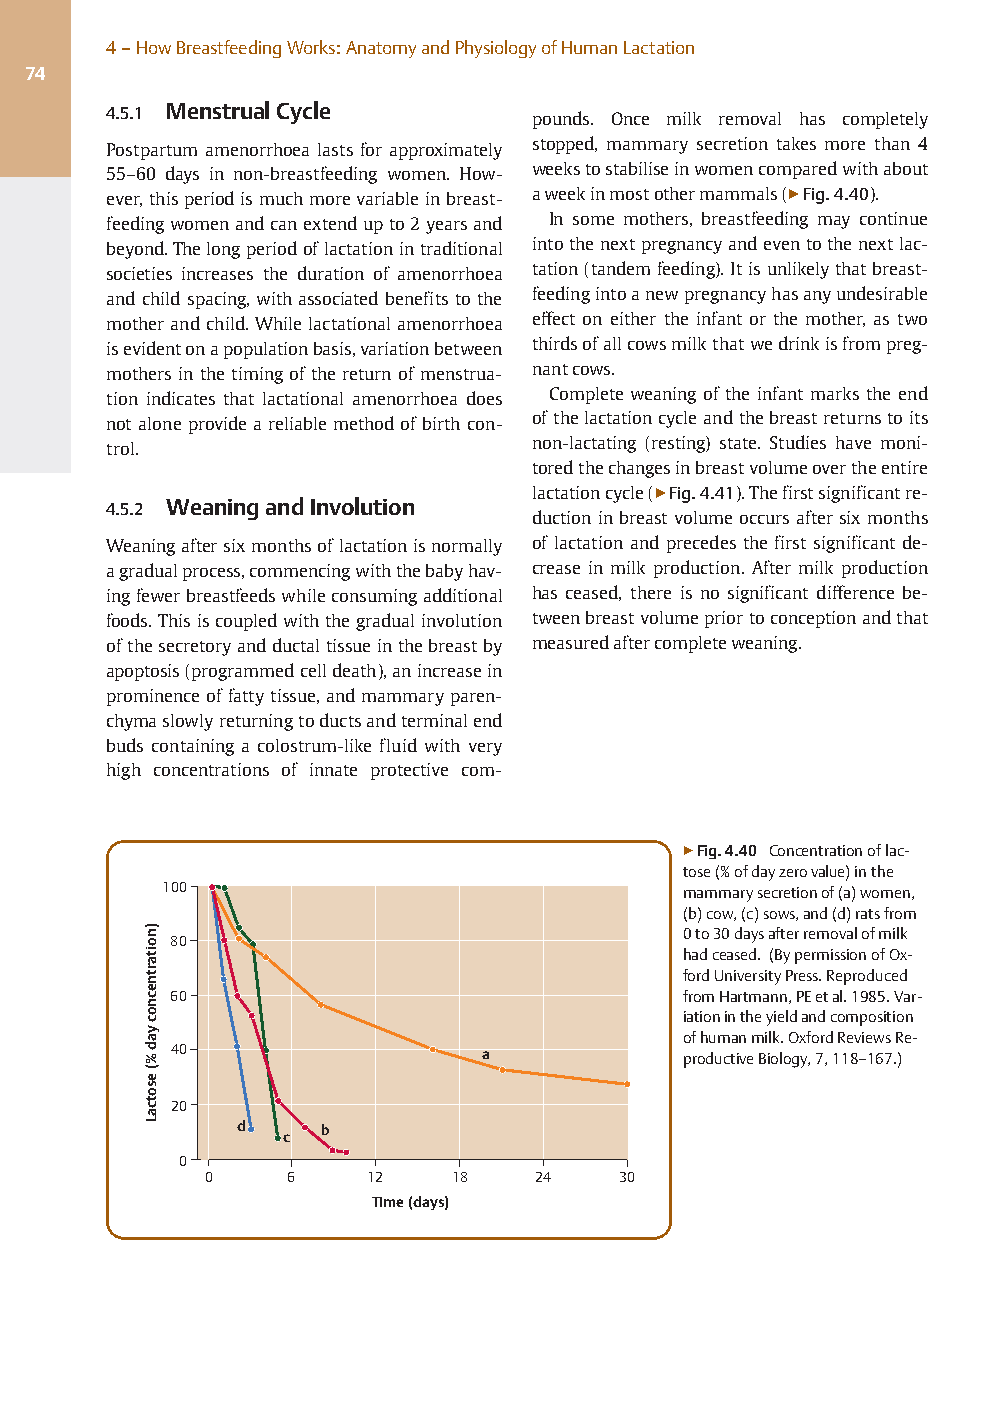
4–HowBreastfeedingWorks:AnatomyandPhysiologyofHumanLactation
 74
 4.5.1 MenstrualCycle         pounds. Once milk removal has completely
 Postpartum amenorrhoea lasts for approximately stopped, mammary secretion takes more than 4
 55–60 days in non-breastfeeding women. How- weekstostabiliseinwomencomparedwithabout
 ever,thisperiodismuchmorevariableinbreast-
 aweekinmostothermammals(▶Fig.4.40).
 feedingwomenandcanextendupto2yearsand In some mothers, breastfeeding may continue
 beyond.Thelongperiodoflactationintraditional intothenextpregnancyandeventothenextlac-
 societies increases the duration of amenorrhoea tation(tandemfeeding).Itisunlikelythatbreast-
 and child spacing, with associated benefits to the feedingintoanewpregnancyhasanyundesirable
 mother and child. Whilelactational amenorrhoea effect on either the infant or the mother, as two
 isevidentonapopulationbasis,variationbetween thirdsofallcowsmilkthatwedrinkisfrompreg-
 mothersinthetimingof thereturn ofmenstrua- nantcows.
 tion indicates that lactational amenorrhoea does Complete weaning of the infant marks the end
 notalone providea reliablemethodof birthcon- ofthelactationcycleandthebreastreturnstoits
 trol.                        non-lactating (resting) state. Studies have moni-
 toredthechangesinbreastvolumeovertheentire
 lactationcycle(▶Fig.4.41).Thefirstsignificantre-
 4.5.2 WeaningandInvolution
 duction inbreast volumeoccurs after six months
 Weaningaftersixmonthsof lactationisnormally of lactation and precedes the first significant de-
 agradualprocess,commencingwiththebabyhav- crease in milk production. After milk production
 ingfewerbreastfeedswhileconsumingadditional has ceased, there is no significant difference be-
 foods.Thisiscoupledwiththegradualinvolution tweenbreastvolumepriortoconceptionandthat
 ofthesecretoryandductaltissueinthebreastby measuredaftercompleteweaning.
 apoptosis(programmedcelldeath),anincreasein
 prominenceof fattytissue,and mammaryparen-
 chymaslowlyreturningtoductsandterminalend
 buds containing a colostrum-like fluid with very
 high concentrations of innate protective com-
 ▶Fig.4.40 Concentrationoflac-
 tose(%ofdayzerovalue)inthe
 100                                mammarysecretionof(a)women,
 (b)cow,(c)sows,and(d)ratsfrom
 0to30daysafterremovalofmilk
 80
 hadceased. (BypermissionofOx-
 fordUniversityPress.Reproduced
 60                                fromHartmann,PEetal.1985.Var-
 iationintheyieldandcomposition
 ofhumanmilk.OxfordReviewsRe-
 40                  a             productiveBiology,7,118–167.)
 20
 d     b
 c
 0
 0    6     12   18    24   30
 Time (days)
 )noitartnecnoc
 yad
 %(
 esotcaL